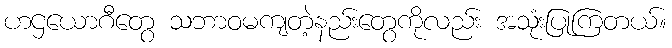
ဟဌယောဂီတွေ သဘာဝမကျတဲ့နည်းတွေကိုလည်း အသုံးပြုကြတယ်။